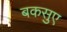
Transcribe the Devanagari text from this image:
बकसुए